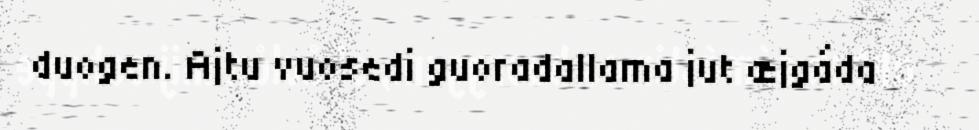
duogen. Ajtu vuosedi guoradallama jut æjgáda